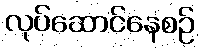
လုပ်ဆောင်နေစဉ်